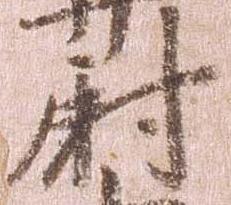
尉